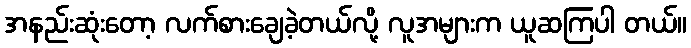
အနည်းဆုံးတော့ လက်စားချေခဲ့တယ်လို့ လူအများက ယူဆကြပါ တယ်။